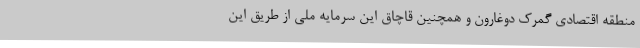
منطقه اقتصادی گمرک دوغارون و همچنین قاچاق این سرمایه ملی از طریق این